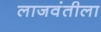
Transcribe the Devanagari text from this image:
लाजवंतीला